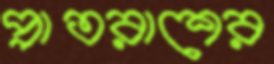
প্রাতরাশের